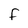
Character: F